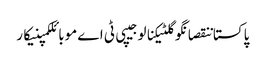
پاکستاننقصانگوگلٹیکنالوجیپی ٹی اےموبائلکمپنیکار